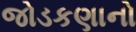
જોડકણાનો